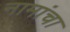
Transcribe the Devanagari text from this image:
नामांचा